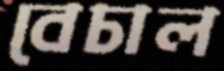
বেচাল